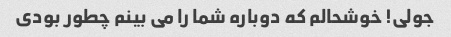
جولی! خوشحالم که دوباره شما را می بینم چطور بودی